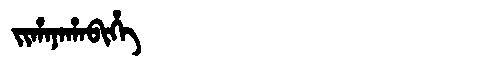
Manchu: ᠵᡳᡥᠠᠨᠠᡥᠠᠪᡳᡥᡝ
Romanization: JIHANAHABIHE